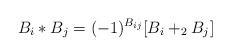
LaTeX: \begin{align*}B_{i}*B_{j} = (-1)^{B_{ij}}[B_{i} +_{2} B_{j}]\end{align*}